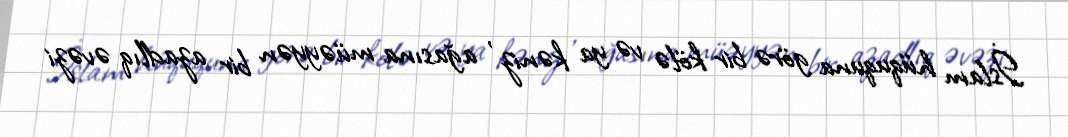
İslam hüququna görə bir kölə və ya kəniz , ağasına müəyyən bir azadlıq əvəzi